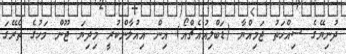
ދުނިޔޭގެ ސިއްހަތު ޖަމިއްޔާ (ޑަބްލިއުއެޗްއޯ) އިން އިއުލާންކުރީ މިދިޔަ ޖޫން މަހުގެ ތެރޭގަ